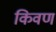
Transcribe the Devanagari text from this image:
किवण